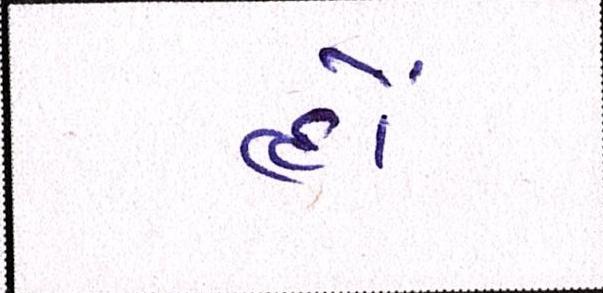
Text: હોં